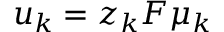
u _ { k } = z _ { k } F \mu _ { k }